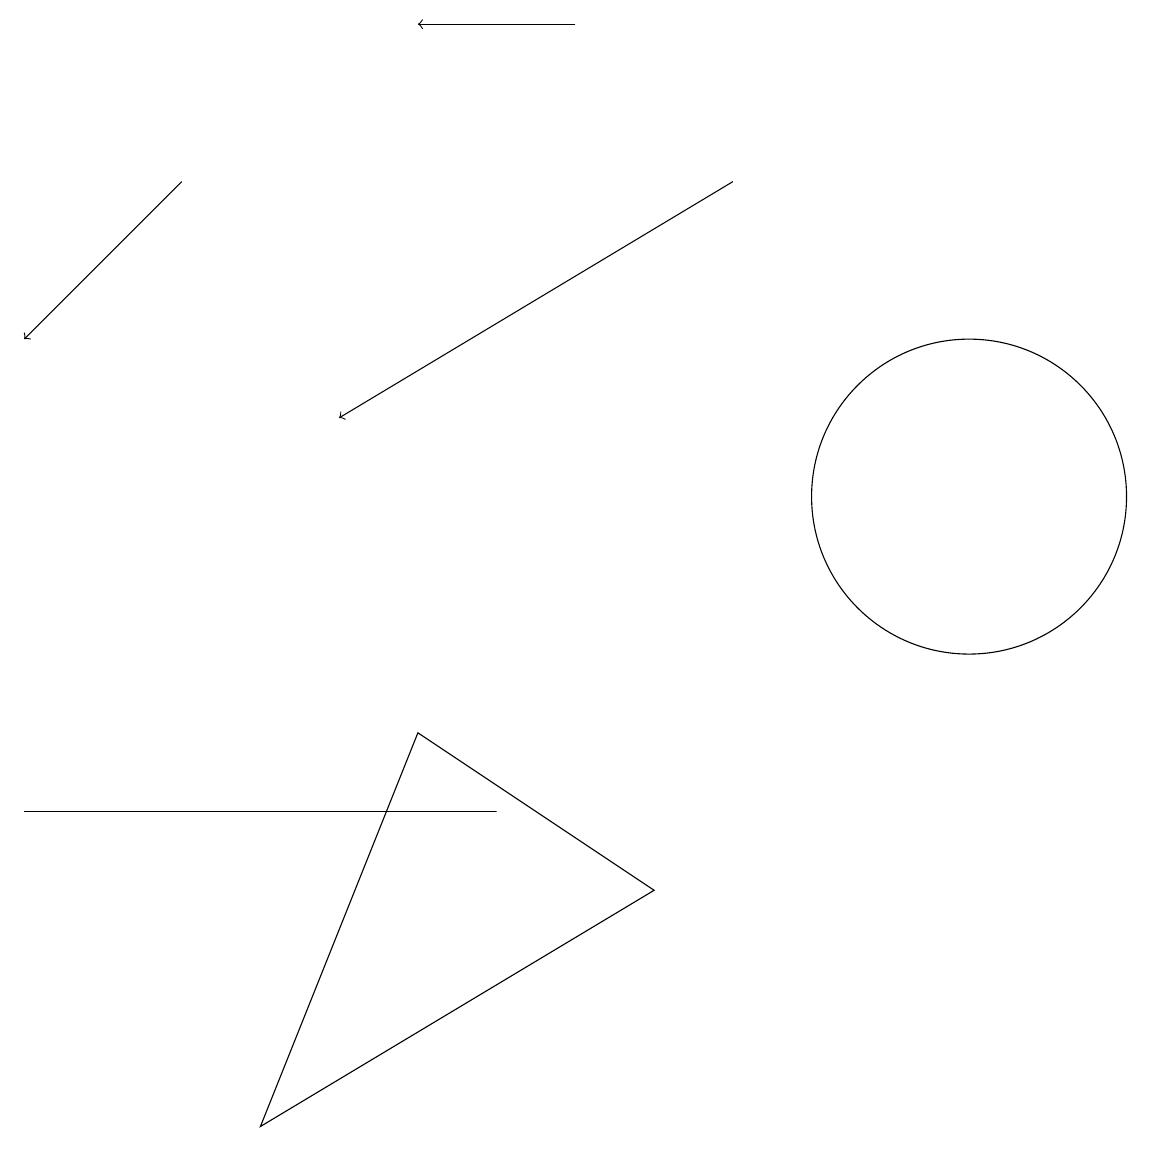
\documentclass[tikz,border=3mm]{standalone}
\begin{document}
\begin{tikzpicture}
\draw (8,6) -- (3,3) -- (5,8) -- cycle;
\draw (12,11) circle (2);
\draw[->] (7,17) -- (5,17);
\draw[->] (9,15) -- (4,12);
\draw[->] (2,15) -- (0,13);
\draw (0,7) -- (2,7) -- (6,7) -- cycle;
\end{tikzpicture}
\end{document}